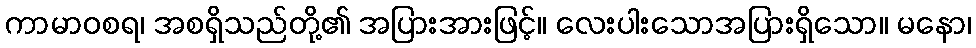
ကာမာဝစရ၊ အစရှိသည်တို့၏ အပြားအားဖြင့်။ လေးပါးသောအပြားရှိသော။ မနော၊